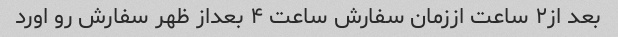
بعد از۲ ساعت اززمان سفارش ساعت ۴ بعداز ظهر سفارش رو اورد